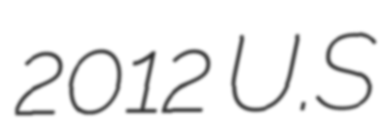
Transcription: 2012 U.S